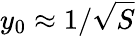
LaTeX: y_{0}\approx 1/{\sqrt{S}}